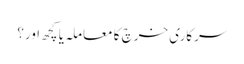
سرکاری خرچ کا معاملہ یا کچھ اور؟